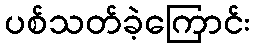
ပစ်သတ်ခဲ့ကြောင်း